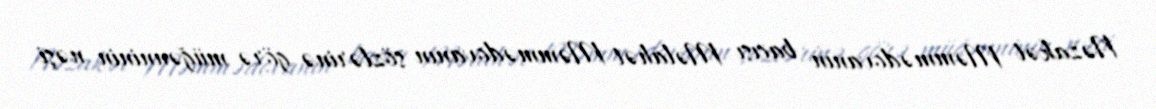
Nəzakət Məmmədovanın bacısı Məlahət Məmmədovanın sözlərinə görə müğənninin nəşi